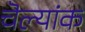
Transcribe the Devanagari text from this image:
चॆल्यांक